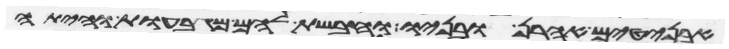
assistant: אבניטים אהרן ובניו וחבשת להם מגבעות והיתה